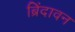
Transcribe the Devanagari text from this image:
ब्रिंदावन